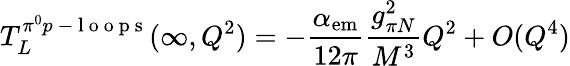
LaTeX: T_{L}^{\pi^{0}p\mathrm{~-~l~o~o~p~s~}}(\infty,Q^{2})=-\frac{\alpha_{\mathrm{em}}}{12\pi}\frac{g_{\pi N}^{2}}{M^{3}}Q^{2}+O(Q^{4})